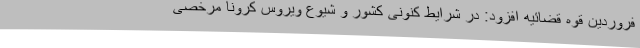
فروردین قوه قضائیه افزود: در شرایط کنونی کشور و شیوع ویروس کرونا مرخصی